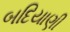
બદિયાણી